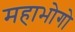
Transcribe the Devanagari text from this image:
महाभोगो